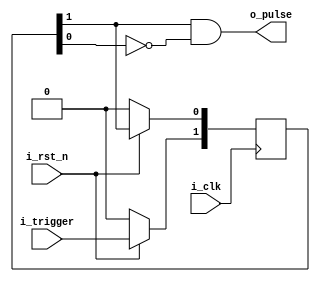
`timescale 1ns / 1ps

// Title :           pulse_gen
//
// Author(s) :       Jonathan Roa
//
// Description :     Single pulse generator
//
// Revisions 
//
// Date        Name            REV#        Description 
// ----------  --------------- ----------- -------------------------------------------
// (04/19/24)  Jonathan Roa    1.0         Initial Revision

module pulse_gen 
    (
        input  wire     i_clk,
        input  wire     i_rst_n,

        input  wire     i_trigger,
        output wire     o_pulse
    );

    reg  [1:0]                  r_trig_pipe;
    wire                        w_pulse;

    assign o_pulse = w_pulse;
    assign w_pulse = r_trig_pipe[1] && ~r_trig_pipe[0];
    always @ (posedge i_clk) begin
        if (!i_rst_n) begin
            r_trig_pipe <= 2'b0;
        end else begin
            r_trig_pipe[1] <= i_trigger;
            r_trig_pipe[0] <= r_trig_pipe[1];
        end
    end
    
endmodule